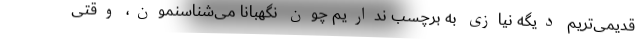
قدیمی‌تریم دیگه نیازی به برچسب نداریم چون نگهبانا می‌شناسنمون، وقتی